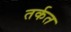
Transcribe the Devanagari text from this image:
तर्कत